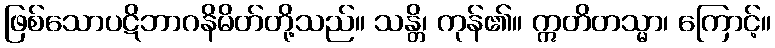
ဖြစ်သောပဋိဘာဂနိမိတ်တို့သည်။ သန္တိ၊ ကုန်၏။ ဣတိတသ္မာ၊ ကြောင့်။